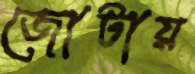
জোটায়